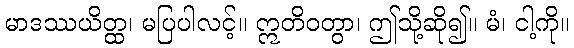
မာဒဿယိတ္ထ၊ မပြပါလင့်။ ဣတိဝတွာ၊ ဤသို့ဆို၍။ မံ၊ ငါ့ကို။